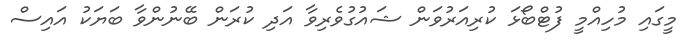
މީގައި މުހިއްމީ ފުޓްބޯޅަ ކުރިއަރުވަން ޝައުގުވެރިވާ އަދި ކުރަން ބޭނުންވާ ބަޔަކު އައިސް